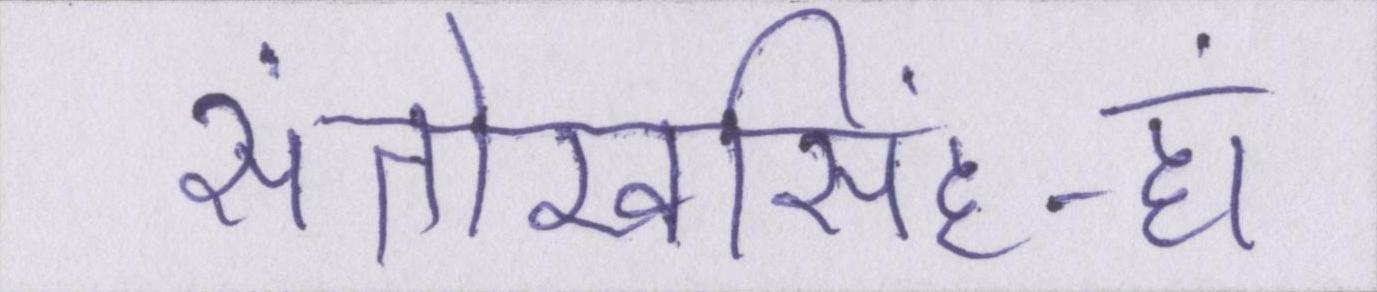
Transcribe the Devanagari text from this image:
संतोखसिंह-हां